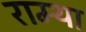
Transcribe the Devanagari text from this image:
राम्था